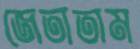
জেতাতাম